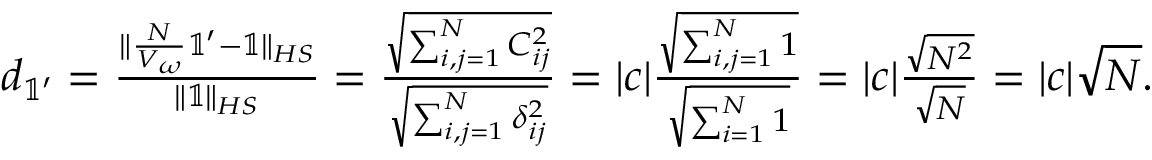
\begin{array} { r } { d _ { \mathbb { 1 } ^ { \prime } } = \frac { \Vert \frac { N } { V _ { \omega } } \mathbb { 1 ^ { \prime } } - \mathbb { 1 } \Vert _ { H S } } { \Vert \mathbb { 1 } \Vert _ { H S } } = \frac { \sqrt { \sum _ { i , j = 1 } ^ { N } C _ { i j } ^ { 2 } } } { \sqrt { \sum _ { i , j = 1 } ^ { N } \delta _ { i j } ^ { 2 } } } = \vert c \vert \frac { \sqrt { \sum _ { i , j = 1 } ^ { N } 1 } } { \sqrt { \sum _ { i = 1 } ^ { N } 1 } } = \vert c \vert \frac { \sqrt { N ^ { 2 } } } { \sqrt { N } } = \vert c \vert \sqrt { N } . } \end{array}